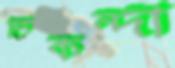
চিকন্দী